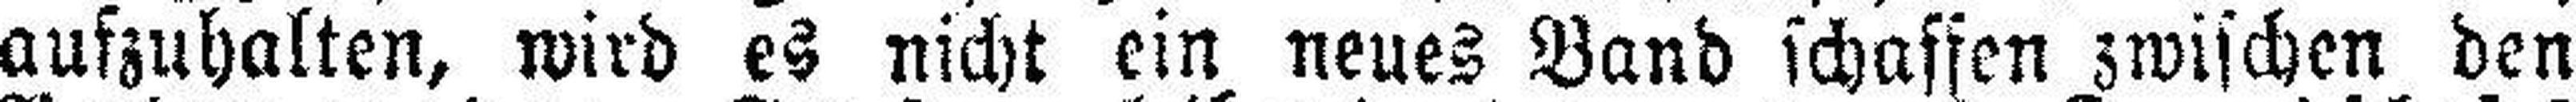
aufzuhalten, wird es nicht ein neues Band schaffen zwischen den